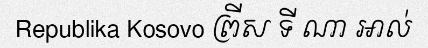
Republika Kosovo ព្រីស ទី ណា អាល់